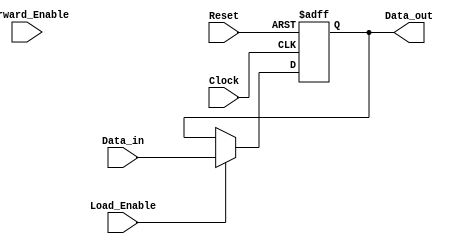
module ForwardingRegister (
    input wire [31:0] Data_in,      // Incoming data
    input wire Forward_Enable,       // Forwarding control signal
    input wire Load_Enable,          // Load control signal
    input wire Clock,                // Clock signal
    input wire Reset,                // Asynchronous reset
    output reg [31:0] Data_out       // Output data
);

    // Asynchronous reset behavior
    always @(posedge Clock or posedge Reset) begin
        if (Reset) begin
            Data_out <= 32'b0;        // Reset output to zero
        end else if (Load_Enable) begin
            Data_out <= Data_in;      // Load new data into the register
        end else if (Forward_Enable) begin
            // Forward current value of Data_out (no change)
            Data_out <= Data_out;     // Maintain current state
        end
        // If neither Load_Enable nor Forward_Enable is asserted,
        // Data_out retains its previous value.
    end

endmodule